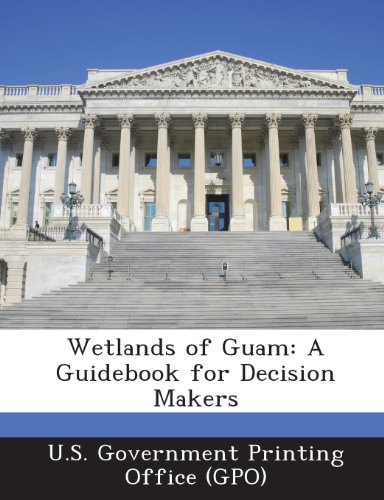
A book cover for Wetlands of Guam: A Guidebook for Decision Makers; Travel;